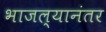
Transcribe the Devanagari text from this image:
भाजल्यानंतर